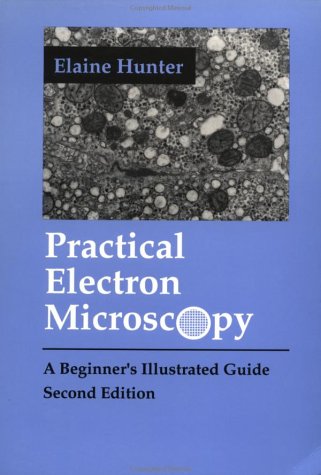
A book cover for Practical Electron Microscopy: A Beginner's Illustrated Guide; Elaine Evelyn Hunter; Science & Math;